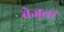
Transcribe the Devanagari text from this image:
बेजुबां